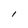
Character: I